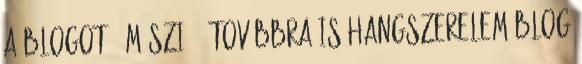
a blogot - Mészi - továbbra is hangszerelem blog